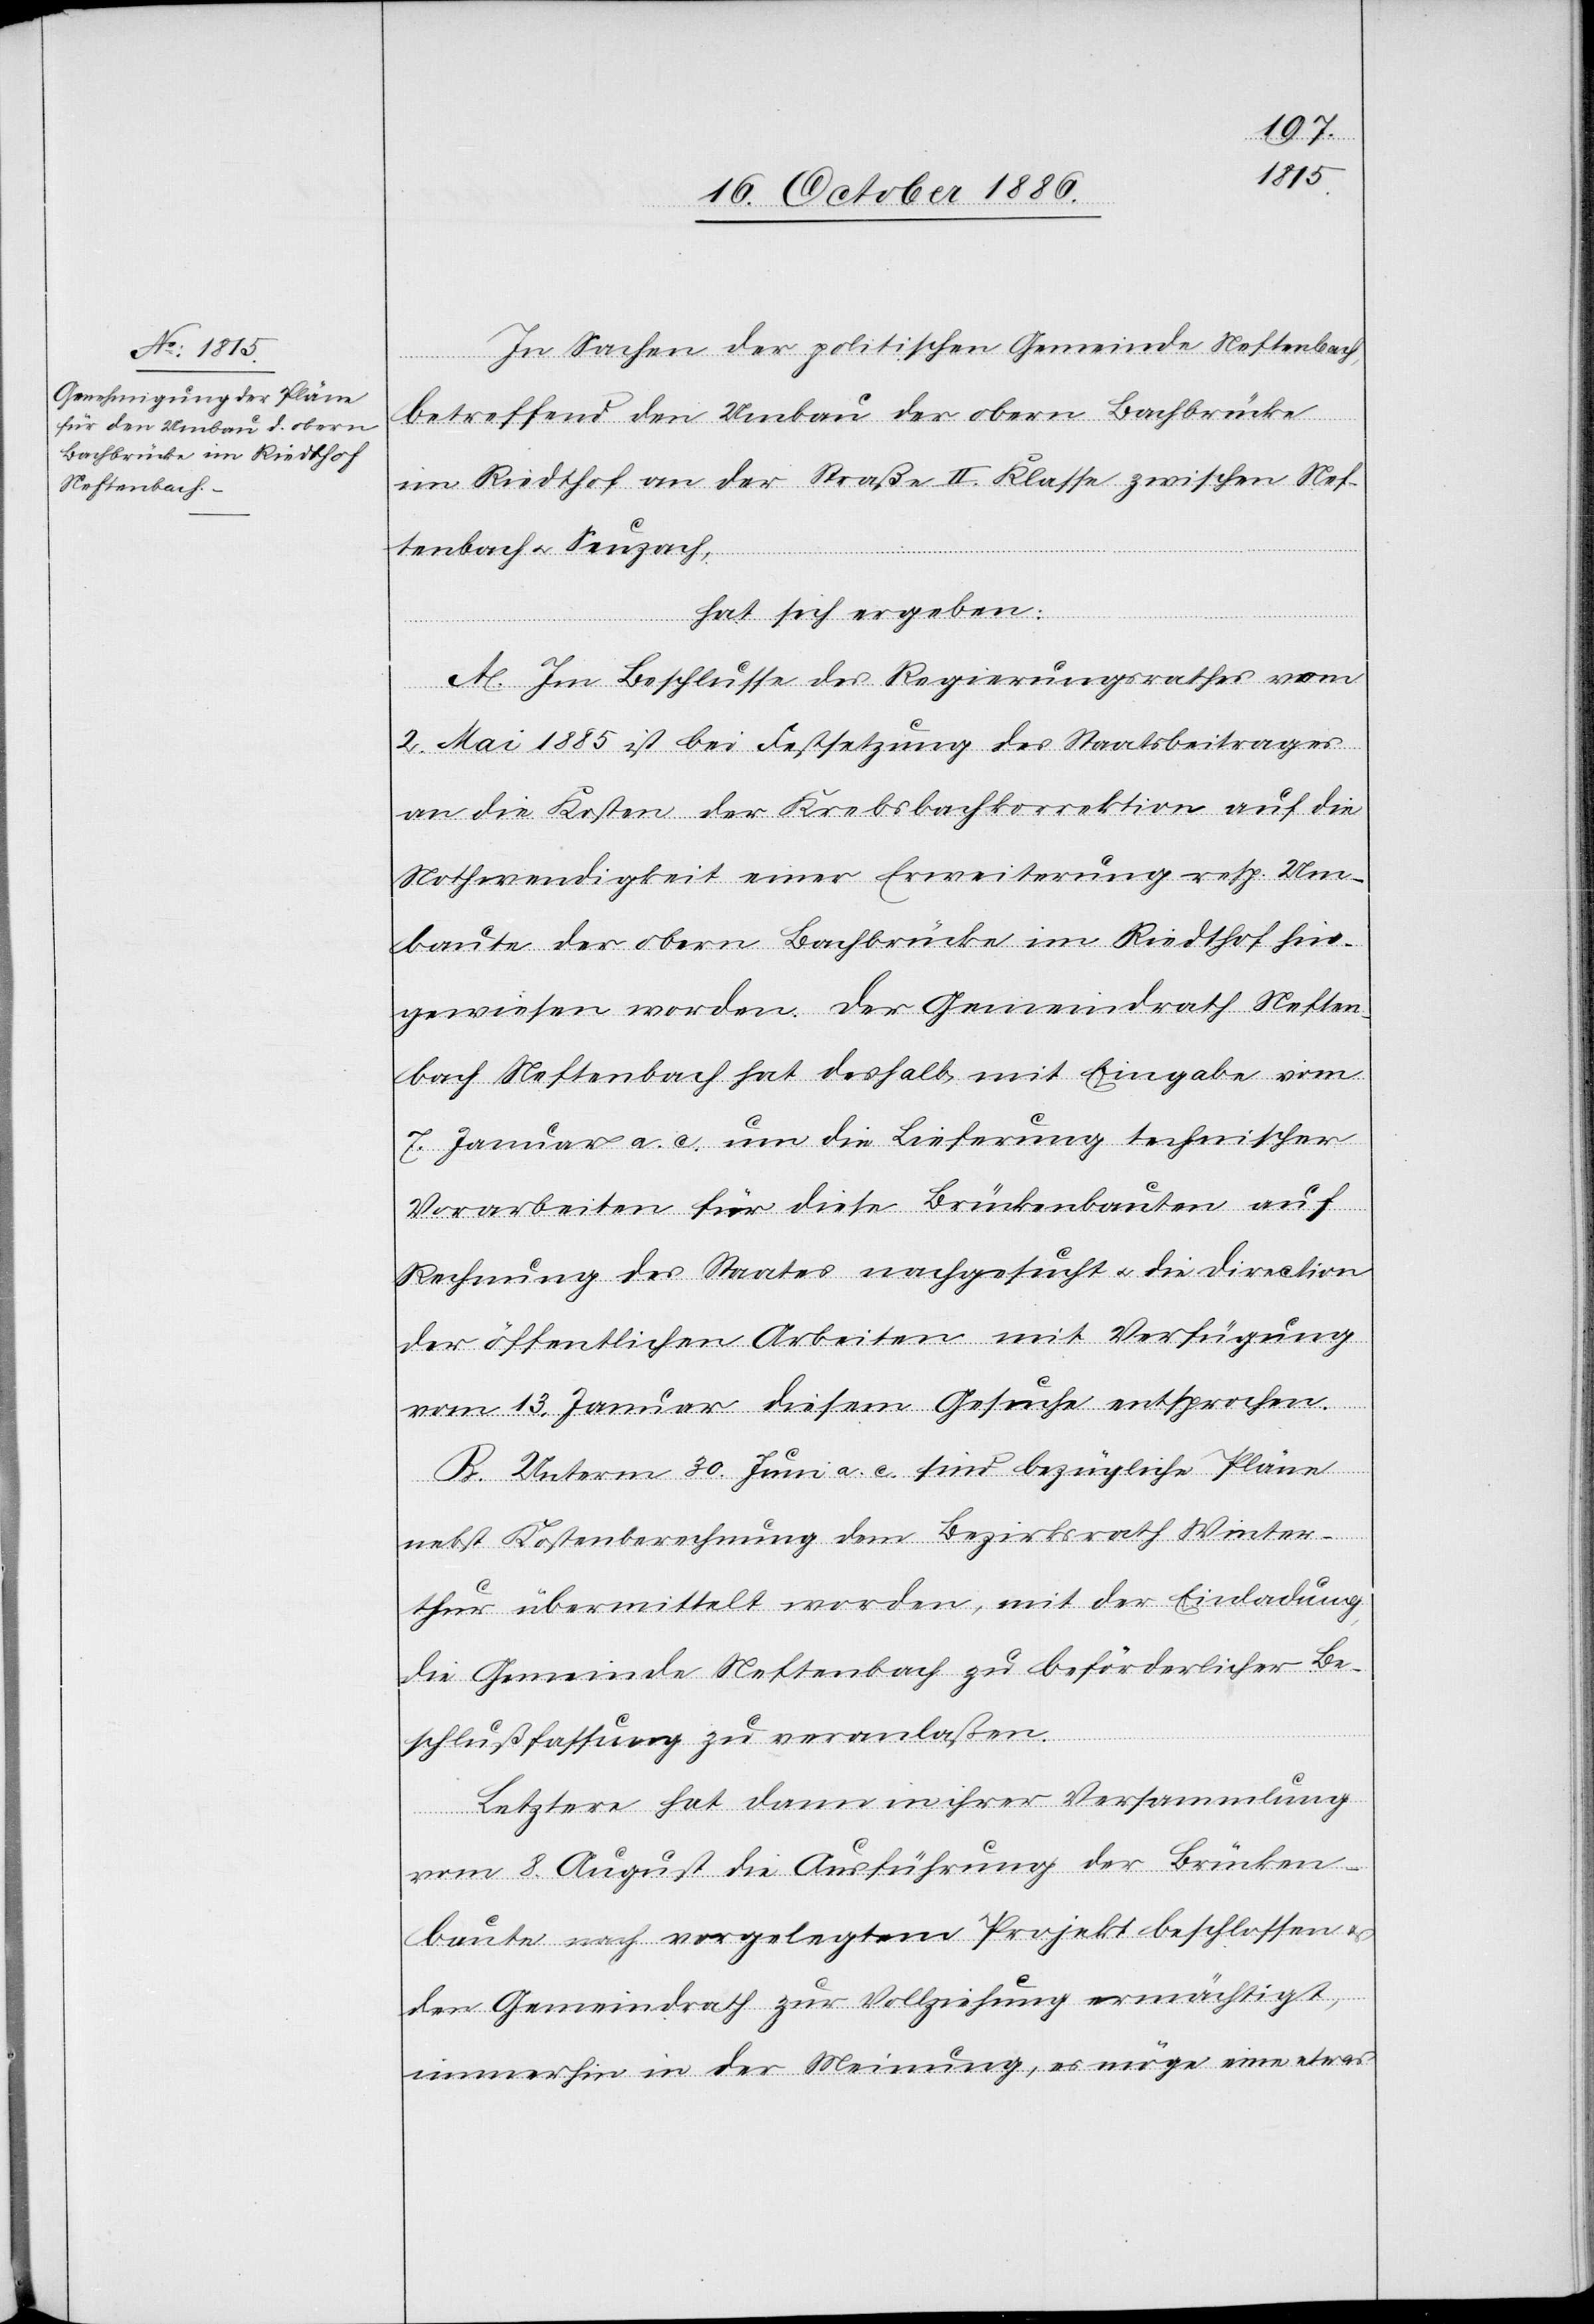
In Sachen der politischen Gemeinde Neftenbach,
betreffend den Umbau der obern Bachbrücke
im Riedthof an der Straße II. Klasse zwischen Nef¬
tenbach & Seuzach,
hat sich ergeben:
A. Im Beschlusse des Regierungsrathes vom
2. Mai 1885 ist bei Festsetzung des Staatsbeitrages
an die Kosten der Krebsbachkorrektion auf die
Nothwendigkeit einer Erweiterung resp. Um¬
baute der obern Bachbrücke im Riedthof hin¬
gewiesen worden. Der Gemeindrath Neften¬
bach Neftenbach [sic!] hat deshalb, mit Eingabe vom
7. Januar a. c. um die Lieferung technischer
Vorarbeiten für diese Brückenbauten auf
Rechnung des Staates nachgesucht & die Direction
der öffentlichen Arbeiten mit Verfügung
vom 13. Januar diesem Gesuche entsprochen.
B. Unterm 30. Juni a. c. sind bezügliche Pläne
nebst Kostenberechnung dem Bezirksrath Winter¬
thur übermittelt worden, mit der Einladung,
die Gemeinde Neftenbach zu beförderlicher Be¬
schlußfassung zu veranlaßen.
Letztere hat dann in ihrer Versammlung
vom 8. August die Ausführung der Brücken¬
baute nach vorgelegtem Projekt beschlossen &
den Gemeindrath zur Vollziehung ermächtigt,
immerhin in der Meinung, es möge eine etwas